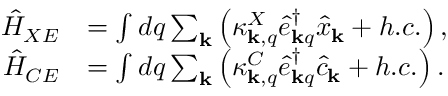
\begin{array} { r l } { \hat { H } _ { X E } } & { = \int d q \sum _ { \mathbf { k } } \left( \kappa _ { { \bf k } , q } ^ { X } \hat { e } _ { { \bf k } q } ^ { \dagger } \hat { x } _ { { \bf k } } + h . c . \right) , } \\ { \hat { H } _ { C E } } & { = \int d q \sum _ { \mathbf { k } } \left( \kappa _ { { \bf k } , q } ^ { C } \hat { e } _ { { \bf k } q } ^ { \dagger } \hat { c } _ { { \bf k } } + h . c . \right) . } \end{array}